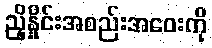
ညှိနှိုင်းအစည်းအဝေးကို